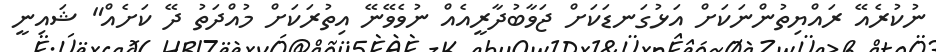
ނުކުރެއޭ ރައްޔިތުންނަކަށް އަޅުގަނޑަކަށް ޖަވާބުދާރީއެއް ނުވެވޭނޭ އިތުރަކަށް މުއްދަތު ދޭ ކަށެއް" ޝައިނީ